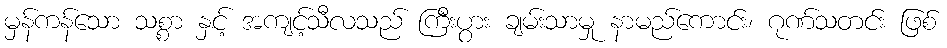
မှန်ကန်သော သစ္စာ နှင့် အကျင့်သီလသည် ကြီးပွား ချမ်းသာမှု နာမည်ကောင်း၊ ဂုဏ်သတင်း ဖြစ်